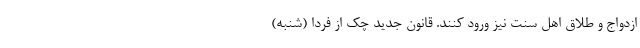
ازدواج و طلاق اهل سنت نیز ورود کنند. قانون جدید چک از فردا (شنبه)